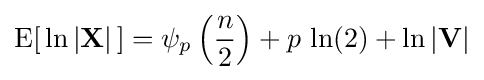
\operatorname {E} [\,\ln \left|\mathbf {X} \right|\,]=\psi _{p}\left({\frac {n}{2}}\right)+p\,\ln(2)+\ln |\mathbf {V} |